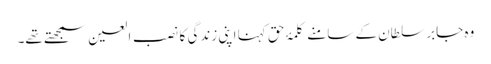
وہ جابر سلطان کے سامنے کلمۂ حق کہنا اپنی زندگی کا نصب العین سمجھتے تھے۔